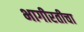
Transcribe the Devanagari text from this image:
भागीरतीचा